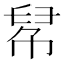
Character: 𢃵